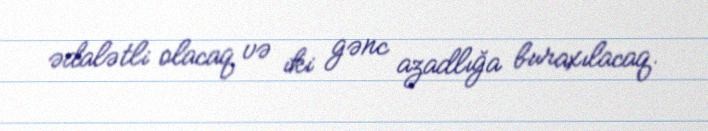
ədalətli olacaq və iki gənc azadlığa buraxılacaq.